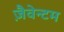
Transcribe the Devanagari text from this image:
ज़ैवेन्टम